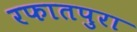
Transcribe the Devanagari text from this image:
रफातपुरा